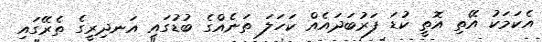
އެކަމަކު އޭތި އޮތީ ކުޑަ ފަރުބަދައެއް ކަހަލަ ތަނެއްގެ ބުޑުގައި އަނދިރީގެ ތެރޭގައި